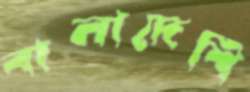
বালাদেশি